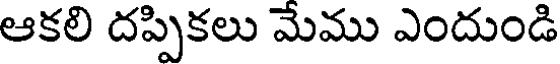
ఆకలి దప్పికలు మేము ఎందుండి